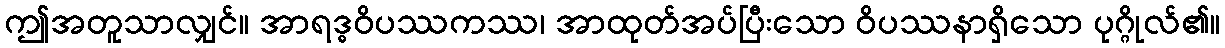
ဤအတူသာလျှင်။ အာရဒ္ဓဝိပဿကဿ၊ အာထုတ်အပ်ပြီးသော ဝိပဿနာရှိသော ပုဂ္ဂိုလ်၏။